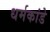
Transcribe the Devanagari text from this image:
धर्मकांडे